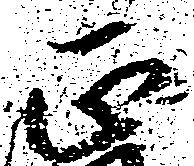
正